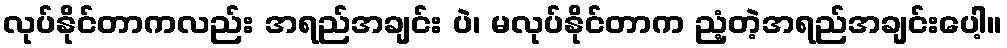
လုပ်နိုင်တာကလည်း အရည်အချင်း ပဲ၊ မလုပ်နိုင်တာက ညံ့တဲ့အရည်အချင်းပေါ့။